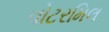
વોટરમિલ